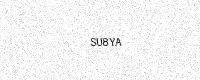
Text: SU8YA